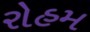
રોહમ